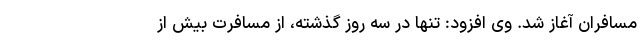
مسافران آغاز شد. وی افزود: تنها در سه روز گذشته، از مسافرت بیش از